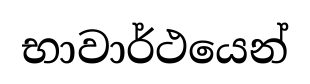
භාවාර්ථයෙන්